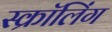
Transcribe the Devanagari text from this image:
स्क्रॉलिंग